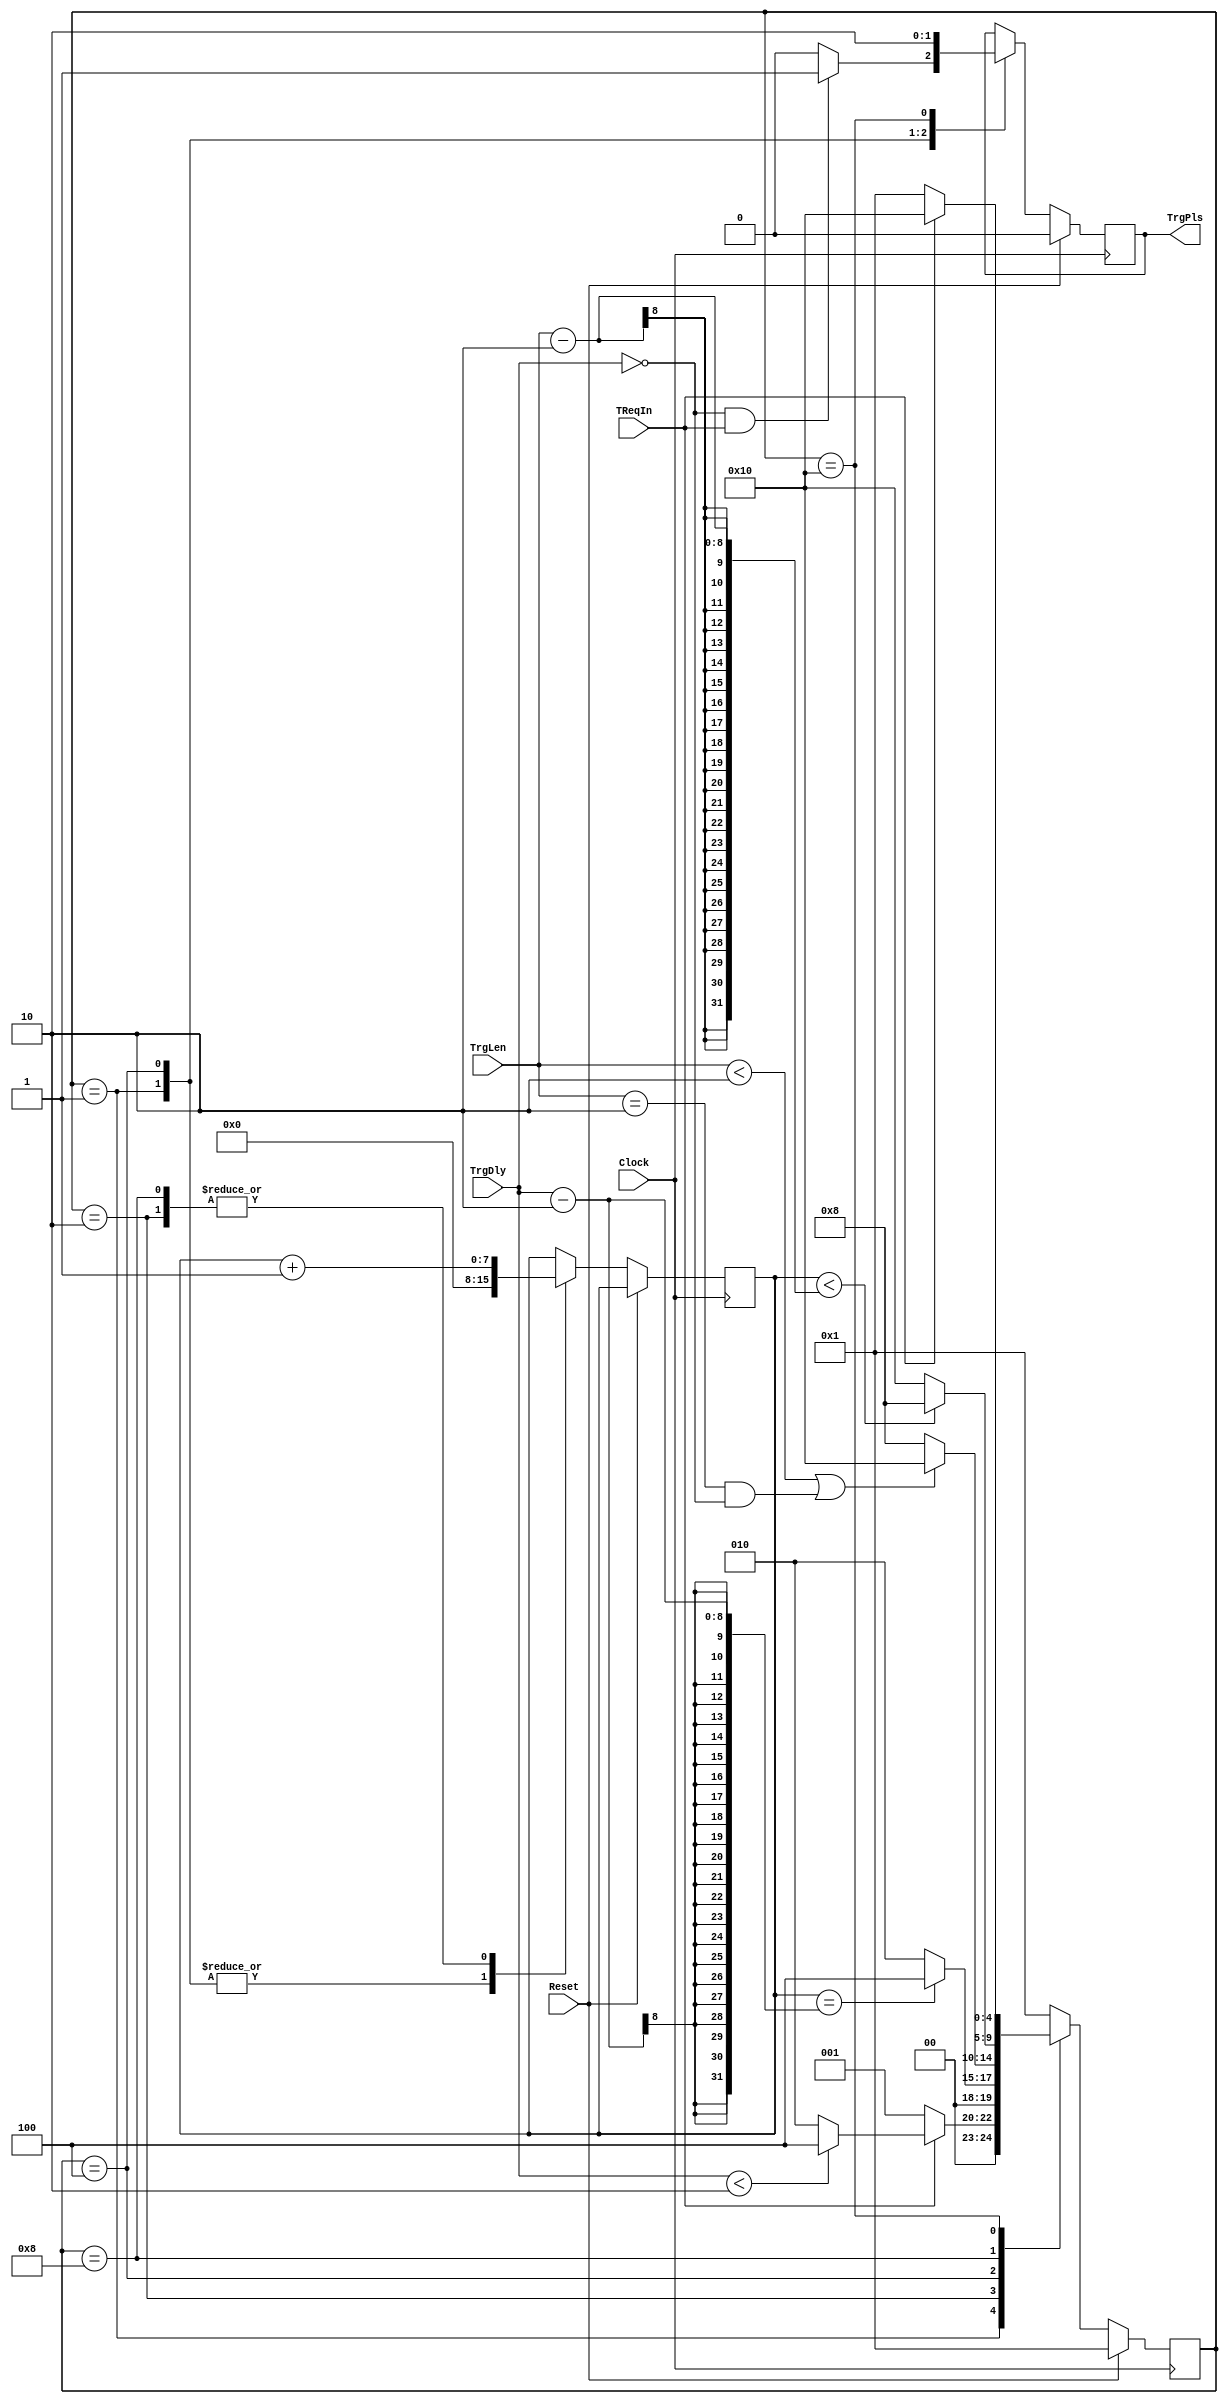
//Stretch and/or delay the fast-OR trigger pulses receive from the front-end boards before making a coincidence
//R. Johnson, May 2013
//August 2, 2013, added trigger delay
//March 30, 2014, removed unintended delays
//October 9, 2014, avoid excess pulse length when the delay is set to zero
//January 27, 2016, fixed bug for zero trigger delay
module TrgStretch(Clock,Reset,TReqIn,TrgPls,TrgLen,TrgDly);
input Clock;
input Reset;
input TReqIn;
input [7:0] TrgLen;   //Additional pulse length after aligning with clock.  Should be 2 or greater.
input [7:0] TrgDly;   //Additional delay of rising edge after aligning with clock.
output TrgPls;

reg TrgPls;

parameter [4:0] TR01=5'b00001;  //Look for the start of the trigger signal
parameter [4:0] TR05=5'b00010;  //Delay the trigger
parameter [4:0] TR02=5'b00100;  //Output a 1-clock long trigger
parameter [4:0] TR03=5'b01000;  //Wait before looking for another trigger
parameter [4:0] TR04=5'b10000;  //Wait for TReqIn to go down
reg [4:0] StateTR, NextStateTR;
reg [7:0] CtrTR;

always @ (StateTR or TReqIn or CtrTR or TrgDly or TrgLen) begin
	case (StateTR)
		TR01: begin
					if (TReqIn) begin
						if (TrgDly<2) NextStateTR = TR02;
						else NextStateTR = TR05;
					end else NextStateTR = TR01;
				end
		TR05:	begin
					if (CtrTR==TrgDly-2) NextStateTR = TR02;
					else NextStateTR = TR05;
				end
		TR02:	begin
					if (TrgLen<2 || (TrgLen==2 && TrgDly==0)) NextStateTR = TR04;
					else NextStateTR = TR03;
				end
		TR03:	begin
					if (CtrTR < TrgLen-2) NextStateTR = TR03;
					else NextStateTR = TR04;
				end
		TR04:	begin
					if (!TReqIn) NextStateTR = TR01;
					else NextStateTR = TR04;
				end
		default: NextStateTR = TR01;
	endcase
end

always @ (posedge Clock) begin
	if (Reset) begin
		StateTR <= TR01;
		TrgPls <= 1'b0;
	end else begin
		StateTR <= NextStateTR;
		case (StateTR)
			TR01:   begin
						if (TrgDly==0 && TReqIn) begin
							TrgPls <= 1'b1;
						end else begin
							TrgPls <= 1'b0;
						end
						CtrTR <= 0;
					end
			TR05:	begin
						CtrTR <= CtrTR + 1;
					end
			TR02:	begin
						TrgPls <= 1'b1;
						CtrTR <= 0;
					end
			TR03:	begin
						CtrTR <= CtrTR + 1;
					end
			TR04:   begin
						TrgPls <= 1'b0;
					end
		endcase
	end
end

endmodule